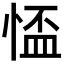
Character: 𢝙